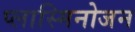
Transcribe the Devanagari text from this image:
प्लास्मिनोजन